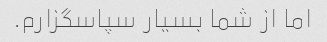
اما از شما بسیار سپاسگزارم.